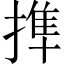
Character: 𢲜